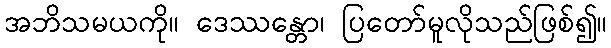
အဘိသမယကို။ ဒေဿန္တော၊ ပြတော်မူလိုသည်ဖြစ်၍။